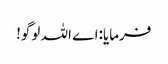
فرمایا:اے اللہ لوگو!